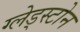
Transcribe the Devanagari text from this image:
ग्लेड्स्टोन